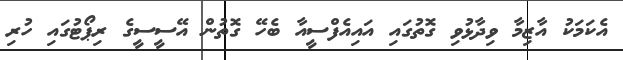
އެކަމަކު އާޒިމާ ވިދާޅުވި ގޮތުގައި އައިއެފްސީއާ ބެހޭ ގޮތުން އޭސީސީގެ ރިޕޯޓުގައި ހުރި